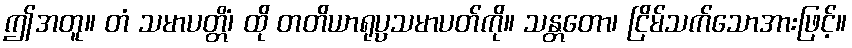
ဤအတူ။ တံ သမာပတ္တိံ၊ ထို တတိယာရုပ္ပသမာပတ်ကို။ သန္တတော၊ ငြိမ်သက်သောအားဖြင့်။